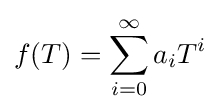
f(T)=\sum _{i=0}^{\infty }a_{i}T^{i}